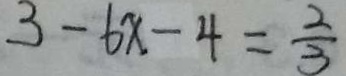
3 - 6 x - 4 = \frac { 2 } { 3 }